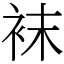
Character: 袜